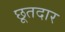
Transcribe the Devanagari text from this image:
छूतदार